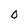
Character: O